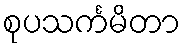
စုပသင်္ကမိတာ